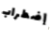
إضطراب